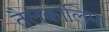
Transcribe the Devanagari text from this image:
तैलकालिमा